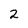
Character: 2